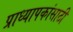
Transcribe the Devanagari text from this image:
प्राध्यापकांसाठी